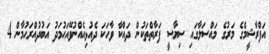
އަފްރާޝީމްގެ މަރުގެ މައްސަލާގައި ސިޔާސީ ފަރާތްތަކުން ދައްކާ ވާހަކަ ދެއުޅިއެއްނުވޭއަޙުމަދު އަބުދުއްރަޙުމާން 4